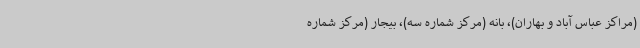
(مراکز عباس آباد و بهاران)، بانه (مرکز شماره سه)، بیجار (مرکز شماره